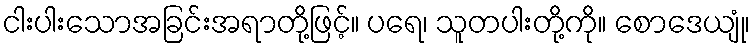
ငါးပါးသောအခြင်းအရာတို့ဖြင့်။ ပရေ၊ သူတပါးတို့ကို။ စောဒေယျုံ၊